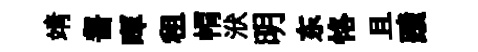
靖齧暉租㡌洑明东恪且蹟